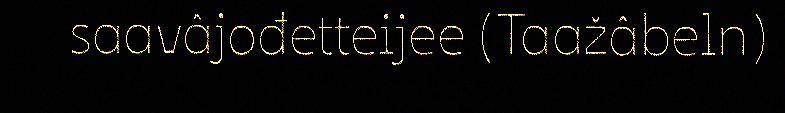
saavâjođetteijee (Taažâbeln)